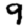
Digit: 9